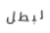
لبطل